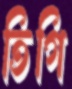
তিগি